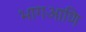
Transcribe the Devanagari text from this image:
भागआणि